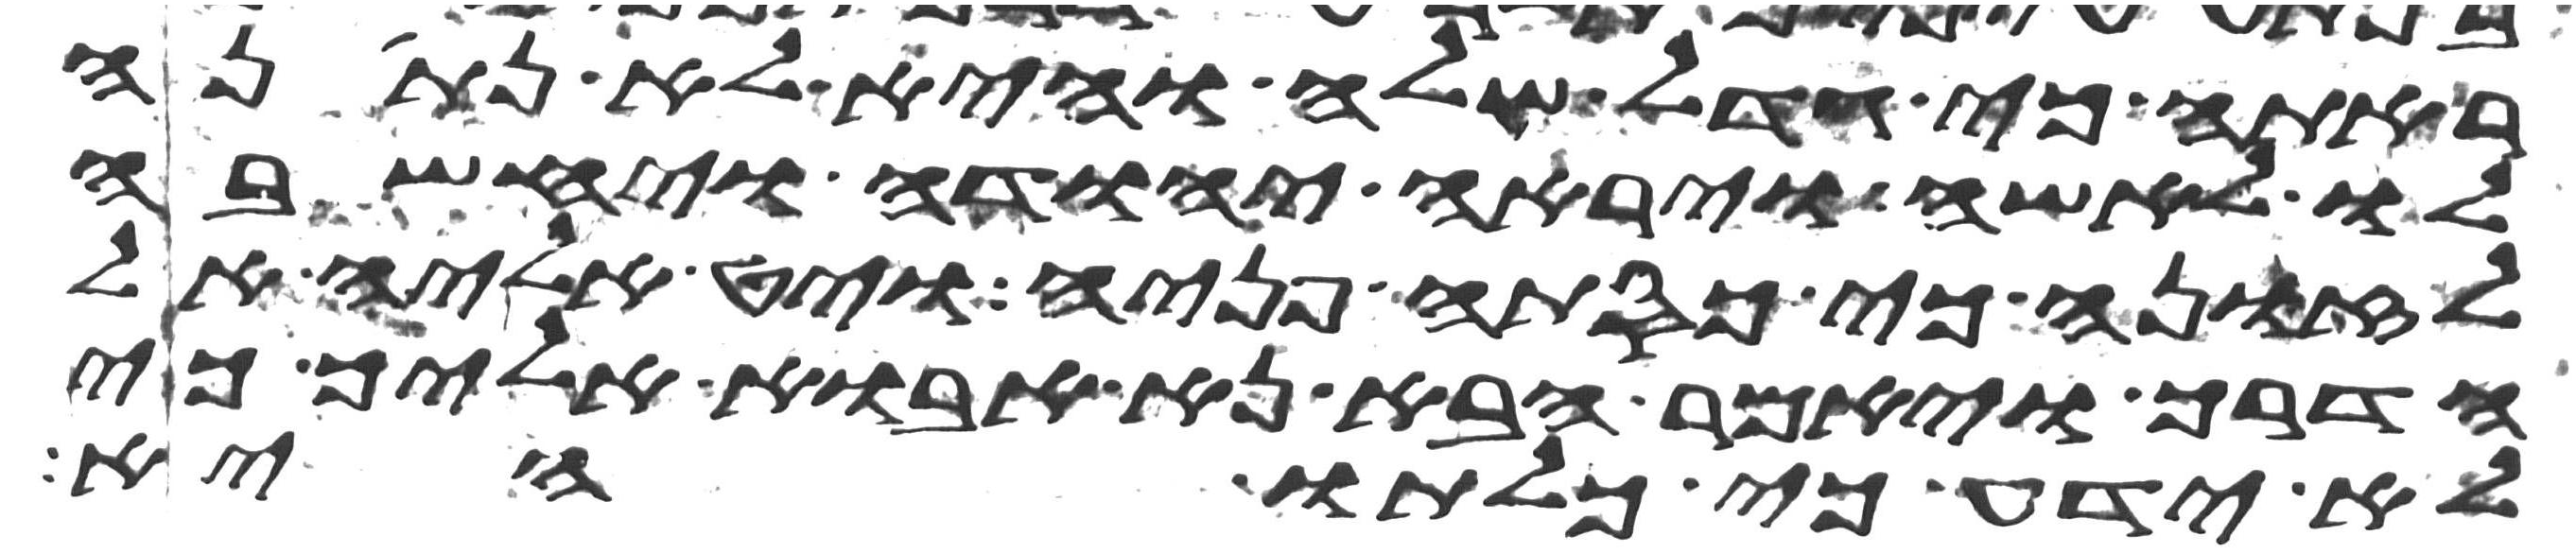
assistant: ראתה כי גדל שלה והיא לא נתנה
לו לאשה ויראה יהודה ויחשבה
לזונה כי כסתה פניה ויט אליה אל
הדרך ויאמר הבא נא אבוא אליך כי
לא ידע כי כלתו היא